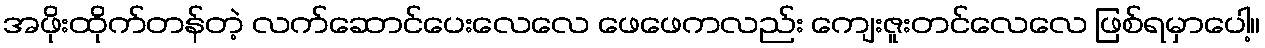
အဖိုးထိုက်တန်တဲ့ လက်ဆောင်ပေးလေလေ ဖေဖေကလည်း ကျေးဇူးတင်လေလေ ဖြစ်ရမှာပေါ့။